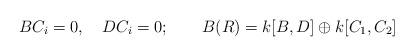
LaTeX: \begin{align*}BC_i=0,\quad DC_i=0;\qquad B(R)=k[B,D]\oplus k[C_1,C_2]\end{align*}